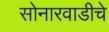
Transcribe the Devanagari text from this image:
सोनारवाडीचे